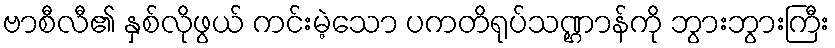
ဗာစီလီ၏ နှစ်လိုဖွယ် ကင်းမဲ့သော ပကတိရုပ်သဏ္ဌာန်ကို ဘွားဘွားကြီး